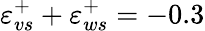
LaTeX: \varepsilon_{vs}^{+}+\varepsilon_{ws}^{+}=-0.3